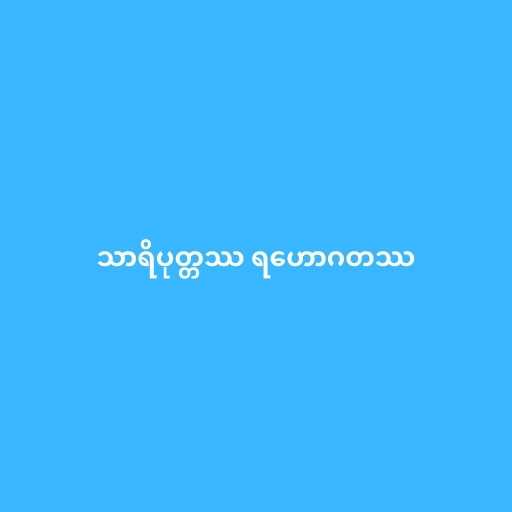
သာရိပုတ္တဿ ရဟောဂတဿ